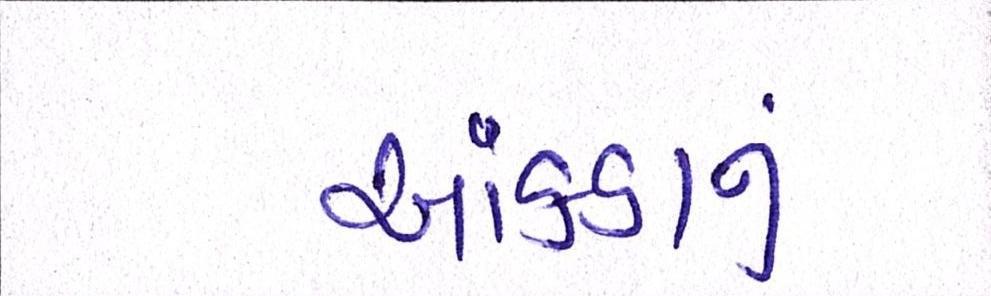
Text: આંકડાનું